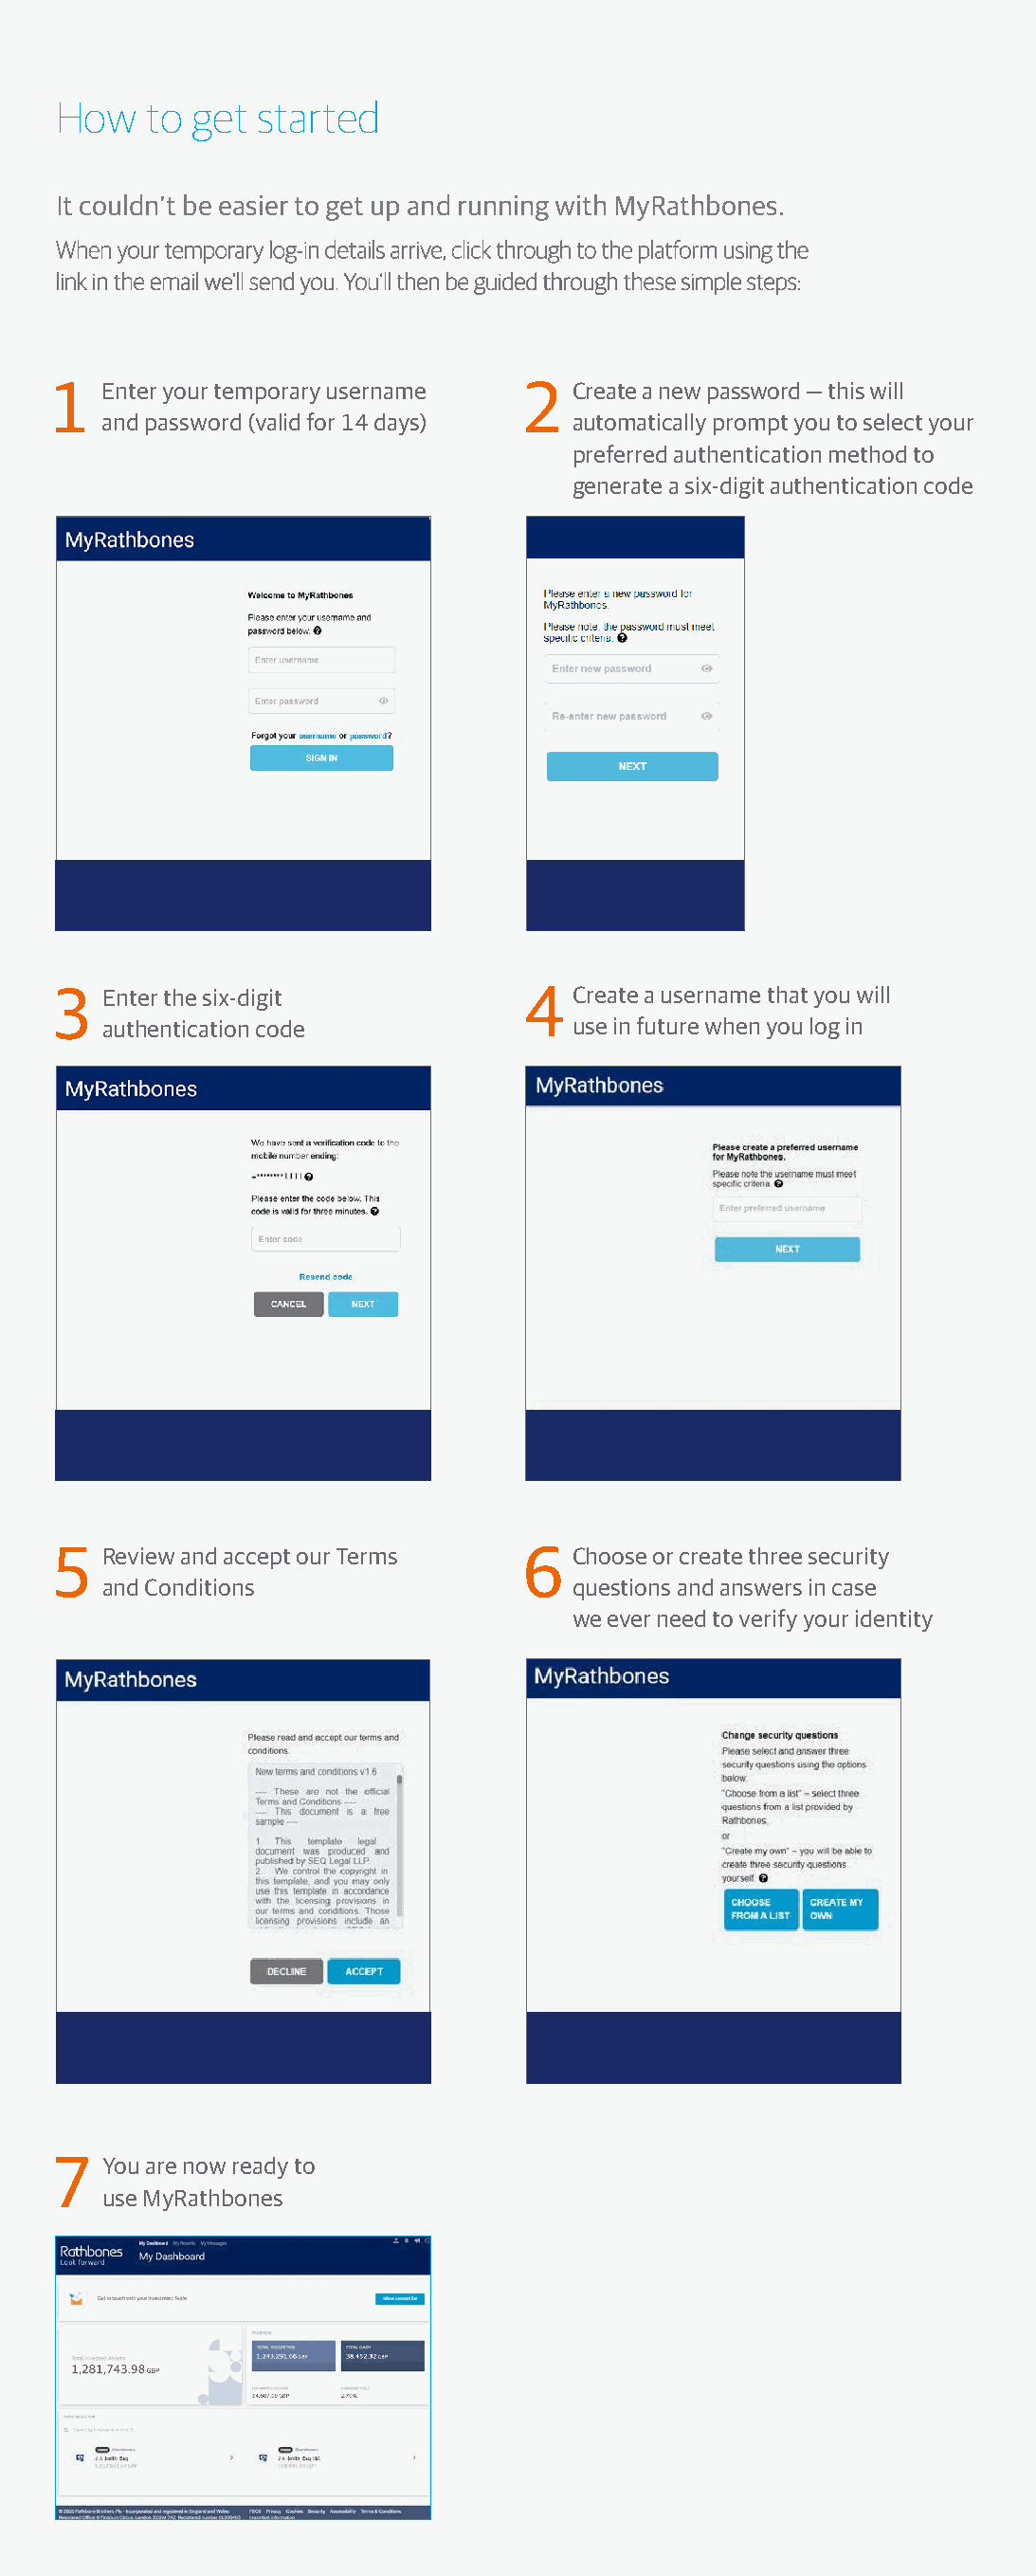
How   to get  started
 It couldn’t be easier to get up and running with MyRathbones.
 WWhheenn yyoouurr tteemmppoorraarryy lloogg--iinn ddeettaaiillss aarrrriivvee,, cclliicckk tthhrroouugghh ttoo tthhee ppllaattffoorrmm uussiinngg tthhee
 lliinnkk iinn tthhee eemmaaiill wwee’’llll sseenndd yyoouu.. YYoouu’’llll tthheenn bbee gguuiiddeedd tthhrroouugghh tthheessee ssiimmppllee sstteeppss::
 1   Enter your temporary username 2  Create a new password — this will
 and password (valid for 14 days) automatically prompt you to select your
 preferred authentication method to
 generate a six-digit authentication code
 3   Enter the six-digit           4  Create a username that you will
 authentication code              use in future when you log in
 5   Review and accept our Terms  6   Choose or create three security
 and Conditions                   questions and answers in case
 we ever need to verify your identity
 7   You are now ready to
 use MyRathbones